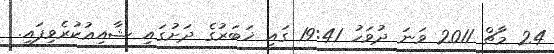
24 މާޗް 2011 ވަނަ ދުވަހު 19:41 ގައި ޚަބަރުގެ ދަށުގައި ޝާއިޢުކުރެވިފައި.